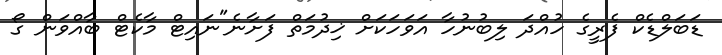
ޑަބަލްޑެކް ފެރީގެ ހުއްދަ ލިބުނުހާ އަވަހަކަށް ޚިދުމަތް ފަށާނެ"ނައިޓް މާކެޓް ބާއްވަން ގޯ